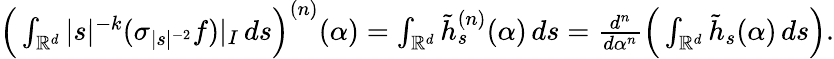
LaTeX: \begin{array}{r}{\Big(\int_{\mathbb{R}^{d}}|s|^{-k}(\sigma_{|s|^{-2}}f)|_{I}\, ds\Big)^{(n)}(\alpha)=\int_{\mathbb{R}^{d}}\tilde{h}_{s}^{(n)}(\alpha)\, ds=\frac{d^{n}}{d\alpha^{n}}\Big(\int_{\mathbb{R}^{d}}\tilde{h}_{s}(\alpha)\, ds\Big).}\end{array}